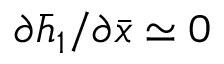
\partial \bar { h } _ { 1 } / \partial \bar { x } \simeq 0